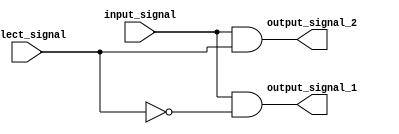
module demux (
    input wire input_signal,
    input wire select_signal,
    output wire output_signal_1,
    output wire output_signal_2
);

assign output_signal_1 = (input_signal & ~select_signal);
assign output_signal_2 = (input_signal & select_signal);

endmodule